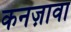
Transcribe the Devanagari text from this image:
कनज़ावा